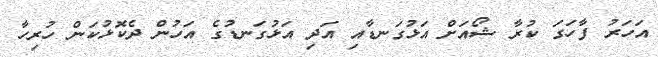
އަހަރު ފާހަގަ ކުރާ ޝޯއަށް އަޅުގަނޑާއި އަދި އަޅުގަނޑުގެ އަހުން ދެކޮޅުކަން ހުރިހާ